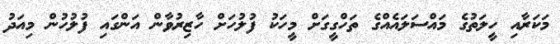
މަކަރާއި ހީލަތުގެ މައްސަލައެއްގެ ތަހްގީގަށް މީހަކު ފުލުހަށް ހާޒިރުވާން އަންގައި ފުލުހުން މިއަދު